Vital statistics of India. Vol. IV, Annual returns from 1871 to 1876. British Army of India, Native Army and jails of Bengal
Year: 1871
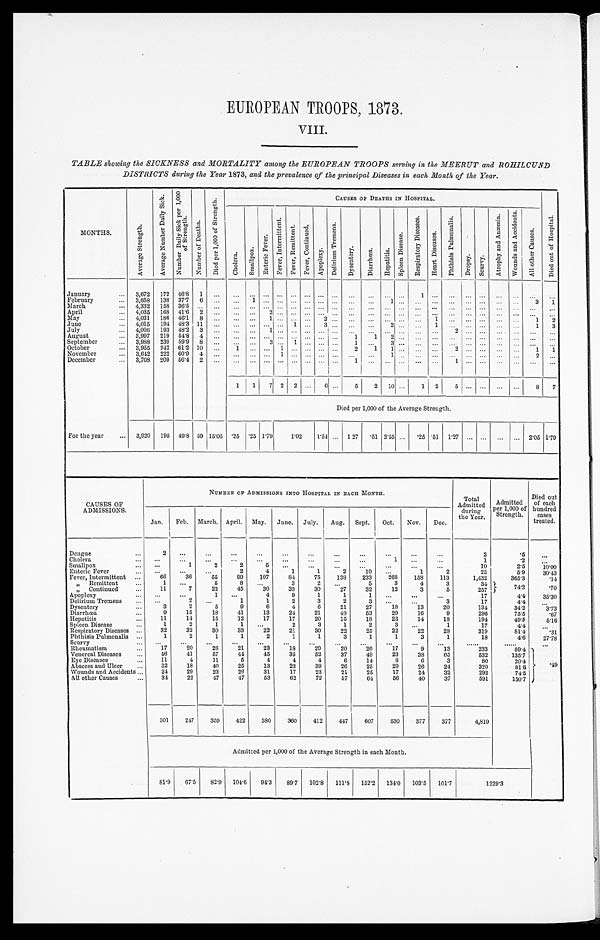
EUROPEAN TROOPS, 1873.
VIII.
TABLE showing the SICKNESS and MORTALITY among the EUROPEAN TROOPS serving in the MEERUT and ROHILCURD
DISTRICTS during the Year 1873, and the prevalence of the principal Diseases in each Month of the Year.
MONTHS.
A v e r a g e S t r e n g t h .
A v e r a g e N u m b e r D a i l y S i c k .
N u m b e r D a i l y S i c k p e r 1 , 0 0 0 o f S t r e n g t h .
N u m b e r o f D e a t h s .
D i e d p e r 1 , 0 0 0 o f S t r e n g t h .
C A U S E S O F D E A T H S I N H O S P I T A L .
D i e d o u t o f H o s p i t a l .
C h o l e r a .
S m a l l p o x .
E n t e r i c F e v e r .
F e v e r , I n t e r m i t t e n t . F e v e r , R e m i t t e n t . F e v e r , C o n t i n u e d .
A p o p l e x y .
D e l i r i u m T r e m e n s .
D y s e n t e r y .
D i a r r h œ a .
H e p a t i t i s .
S p l e e n D i s e a s e .
R e s p i r a t o r y D i s e a s e s .
H e a r t D i s e a s e s .
P h t h i s i s P u l m o n a l i s .
D r o p s y . S c u r v y .
A t r o p h y a n d A n æ m i a .
W o u n d s a n d A c c i d e n t s .
A l l o t h e r C a u s e s .
January . . .
3,672 172 46.8 1
. . . . . .
. . . . . . . . . . . . . . . . . . . . .
. . .
. . .
. . . . . .
1 . . . . . . . . . . . . . . . . . .
. . . . . .
February
. . . 3,658 138 37.7 . . .
. . . . . . 1 . . . . . .. . . . . .
. . . . . . . . .
. . . 1 . . . . . . . . . . . .
. . . . . . . . . . . . 3 1
March
. . . 4,332 158 36.5 . . . . . . . . .
. . . . . . . . . . . . . . . . . . . . . . . .
. . . . . . . . . . . . . . . . . . . . . . . . . . . . . . . . .
. . .
April
. . . 4,035 168 41.6 2
. . .
. . . . . . 2 . . . . . . . . . . . . . . .
. . . . . . . . . . . . . . . . . . . . . . . . . . . . . . . . . . . .
. . .
May
. . . 4,031 186 46.1 8
. . . . . .
. . . 1 . . . . . . . . .
3
. . .
. . . . . . . . . . . . . . . 1 . . . . . . . . . . . .
. . . 1 2
June
. . . 4,015 194 48.3 11
. . . . . .
. . . . . . . . . 1
. . .
3
. . .
. . . . . . 2 . . . . . .1 . . . . . . . . . . . .
. . . 1 3
Jul y . . .
4,006 19348.23
. . . . . . . . .
1
. . .. . . . . .
. . . . . .
. . . . . . . . . . . . . . .. . . 2. . . . . . . . . . . . . . . .
. . .
August
. . . 3,997 219 54.8 4
. . .
. . . . . . . . . . . . . . . . . . . . . . . . 1 1 2
. . .. . . . . . . . . . . . . . . . . . . . .
. . .
September
. . . 3,988 239 59.9 8
. . . . . .
. . . 3 . . . 1 . . . . . . . . . 1 . . . 3
. . . . . .. . . . . . . . . . . . . . . . . . . . . . . .
October
. . . 3,955 242 61.2 10
. . . 1
. . . . . . 1 . . . . . . . . . . . .
2 1
1 . . . . . . . . .
2 . . . . . . . . . . . . 1 1
November . . .
3,642 222 61.9 4
. . . . . .
. . . . . . 1 . . . . . .
. . . . . . . . .
. . . 1
. . . . . .. . .. . .
. . . . . .
. . .
. . . 2
. . .
December
. . . 3,708 209 56.4 2
. . . . . .
. . . . . . . . . . . . . . . . . . . . . 1
. . . . . . . . . . . . . . .1
. . . . . .
. . .
. . . . . .
. . .
1 1 7 2 2 . . .
6
. . . 5 2 10 . . . 1 2 5 . . . . . .
. . . . . . 8 7
Died per 1,000 of the Average Strength.
For the year . . . 3,920 195 49.8 59 15.05 .25 .25 1.79
1.02 1.54 . . . 1 27
. 5 1 2.55 . . . . 2 5 .51 1.27 . . . . . . . . . . . . 2.05 1.79
CAUSES OF
ADMISSIONS.
NUMBER OF ADMISSIONS INTO HOSPITAL IN EACH MONTH.
Total
Admitted during
the Year.
Admitted
per 1,000 of
Strength.
Died out
of each
hundred
cases
treated.
Jan. Feb. March. April. May. June. July. Aug. Sept. Oct. Nov. Dec.
Dengue . . .
2 . . .
. . . . . .
. . .
. . .
. . .
. . .
. . . . . .
. . . . . .
2
. 5
. . .
Cholera
. . . . . .
. . . . . .
. . .
. . .
. . .
. . .
. . .
. . .
. . .
. . . . . .
1
.2
. . .
Smallpox
. . . . . .
1
2
2
5
. . .
. . .
. . .
. . . . . .
. . .
. . .
10
2.5
10. 00
Enteric Fever
. . . . . .
. . .
. . .
2
4
1
1
2
10 . . .
1
2
23
5.9 30. 43
Fever, Intermittent . . . 66
36
55
99 107
84
75 138 233 268 158 113
1,432
365.3
.14
" R e m i t t e n t . . .
1 . . .
5
8 . . .
3
2
. . .
5
3
4
3
34
" „ C o n t i n u e d . . .
11
7
22
45
30
33 30
27
32
12
3
6
257
7 4 . 2
.70
Apoplexy
. . . . . .
. . .
1
. . .
4
9
1
1
1 . . .
. . .
. . .
17
4.4 35.30
Delirium Tremens . . .
. . .
2
. . .
1
1
2
3
2
. . .
. . .
. . .
3
17
4.4
. . .
Dysentery
. . .
3
2
5
9
6
4
6
21
27
18
13
20
134
34.2
3. 73
Diarrhœa
. . .
9
15
18
41
13
24
21
48 53
29
16
9
296
75.5
.67
Hepatitis
. . . 11
14
15
12
17
17
20
15
18 23
14
18
194
49.5
5. 16
Spleen Disease. . .
1
2
1
1
. . .
2
3
1
2
3
. . .
1
17
4.4
. . .
Respiratory Diseases . . . 32
32
30
33
22
21
30
22
25
22
22
28
319
81.4
.31
Phthisis Pulmonalis . . .
1
2
1
1
2
1
1
3
1
1
3
1
18
4.6
27. 78
Scurvy . . .
. . .
. . .
. . .
. . . . . .
. . .
. . .
. . .
. . . . . .
. . .
. . .
. . .
. . .
. . .
Rheumatism
. . . 17
20
26
21
23
18
29
20
20
17
9
13
233
59.4 . 4 9
Venereal Diseases . . .
46
41
57
44 45
35
52
37
49
23
38
65
532
135.7
Eye Diseases
. . . 11
4
11
5
4
4
4
6
14
8
6
3
80
20.4
Abscess and Ulcer . . . 32
18
40
25
13
23
39
26
25
29
26
24
320
81.6
Wounds and Accidents . . .
24
29
23
26
31
17
23
21
25
17
24
32
292
74.5
All other Causes
. . . 34
22
47
47
53
62
72
67
64
56
40
37
591
150.7
301 247 359 422 380 360 412 447 607 530 377 377
4,819
Admitted per 1,000 of the Average Strength in each Month.
81.9 67.5 82.9 104.6 94.3 89.1 102.8 111.8 152.2 134.0 103.5 101.7
1 2 2 9 . 3